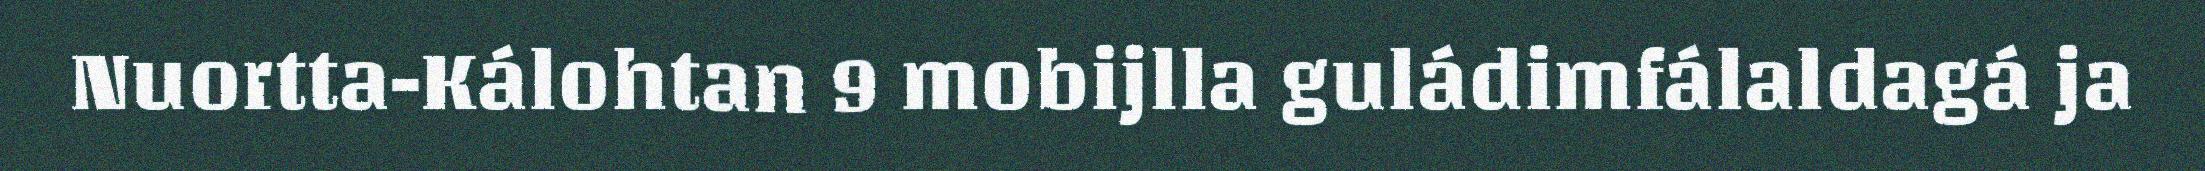
Nuortta-Kálohtan 9 mobijlla guládimfálaldagá ja